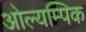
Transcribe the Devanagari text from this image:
ओल्यम्पिक